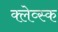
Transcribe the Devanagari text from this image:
क्लेव्स्क